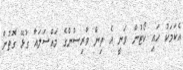
އެކަމަކު ހައި ކޯޓުން ވަނީ އެ ތިން ވާރިސުންގެ މައްސަލައާ ގުޅޭ ގޮތުން